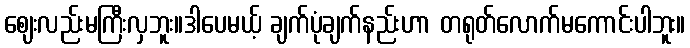
ဈေးလည်းမကြီးလှဘူး။ဒါပေမယ့် ချက်ပုံချက်နည်းဟာ တရုတ်လောက်မကောင်းပါဘူး။